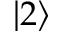
\left\lvert 2 \right\rangle